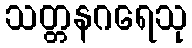
သတ္တနဂရေသု